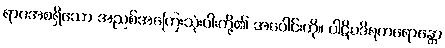
ရာဂအစရှိသော အညစ်အကြေးသုံးပါးတို့၏ အပေါင်းကို။ ပါဋိပဒိရကရောန္တော